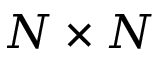
N \times N